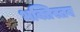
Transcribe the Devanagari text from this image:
भक्तिस्तव